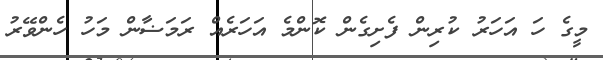
މީގެ ހަ އަހަރު ކުރިން ފެށިގެން ކޮންމެ އަހަރެއް ރަމަޟާން މަހު ހެންވޭރު